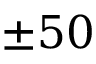
\pm 5 0